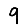
Digit: 9